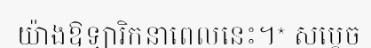
យ៉ាងឱឡារិកនាពេលនេះ។* សម្តេច